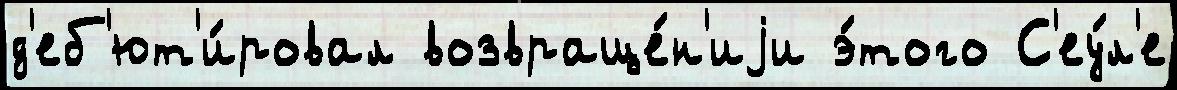
д'еб'ют'и́ровал возвраще́н'иjи э́того С'еу́л'е